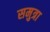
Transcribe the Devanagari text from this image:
समुत्रा